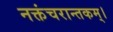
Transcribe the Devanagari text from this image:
नक्तंचरान्तकम्‌।